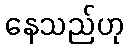
နေသည်ဟု